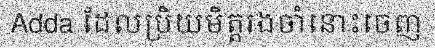
Adda ដែលប្រិយមិត្តរងចាំនោះចេញ